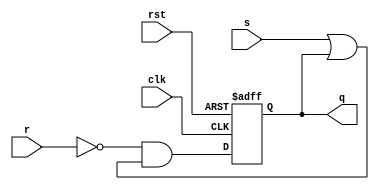
`timescale 1ns / 1ps

module SR_reg(
    input wire rst,
    input wire clk,
    input wire s,
    input wire r,
    output reg q
    
    );
    
    always @(posedge clk, posedge rst) begin
        if (rst) q <= 1'b0;
        else q <= (~r) & (s|q); //added ~
    end
endmodule